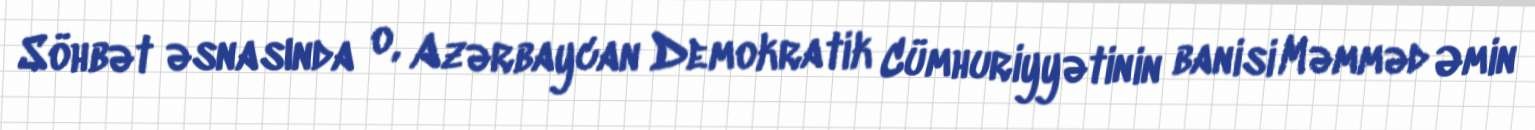
Söhbət əsnasında o, Azərbaycan Demokratik Cümhuriyyətinin banisi Məmməd Əmin